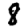
Digit: 8